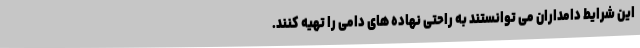
این شرایط دامداران می توانستند به راحتی نهاده های دامی را تهیه کنند.